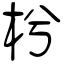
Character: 枍